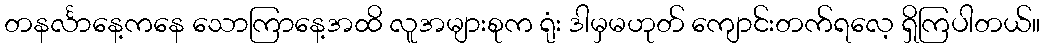
တနင်္လာနေ့ကနေ သောကြာနေ့အထိ လူအများစုက ရုံး ဒါမှမဟုတ် ကျောင်းတက်ရလေ့ ရှိကြပါတယ်။